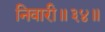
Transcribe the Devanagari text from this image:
निवारी॥३४॥